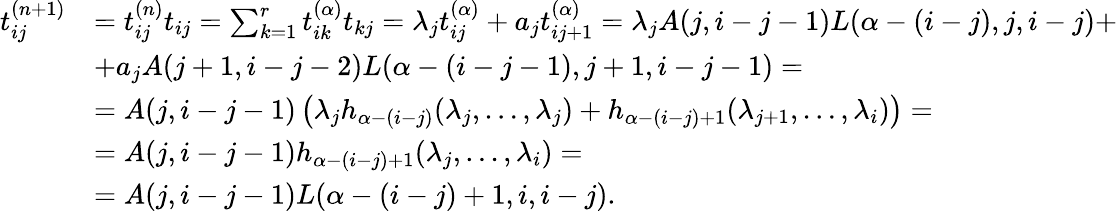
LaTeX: \begin{array}{rl}{t_{ij}^{(n+1)}}&{=t_{ij}^{(n)}t_{ij}=\sum_{k=1}^{r}t_{ik}^{(\alpha)}t_{kj}=\lambda_{j}t_{ij}^{(\alpha)}+a_{j}t_{ij+1}^{(\alpha)}=\lambda_{j}A(j,i-j-1)L(\alpha-(i-j),j,i-j)+}\\ &{+a_{j}A(j+1,i-j-2)L(\alpha-(i-j-1),j+1,i-j-1)=}\\ &{=A(j,i-j-1)\left(\lambda_{j}h_{\alpha-(i-j)}(\lambda_{j},\dots,\lambda_{j})+h_{\alpha-(i-j)+1}(\lambda_{j+1},\dots,\lambda_{i})\right)=}\\ &{=A(j,i-j-1)h_{\alpha-(i-j)+1}(\lambda_{j},\dots,\lambda_{i})=}\\ &{=A(j,i-j-1)L(\alpha-(i-j)+1,i,i-j).}\end{array}